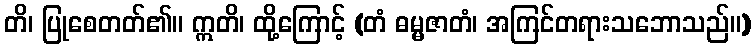
တိ၊ ပြုစေတတ်၏။ ဣတိ၊ ထို့ကြောင့် (တံ ဓမ္မဇာတံ၊ အကြင်တရားသဘောသည်။)